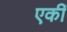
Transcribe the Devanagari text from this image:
एकीं